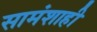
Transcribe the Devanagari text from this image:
सामंशाही